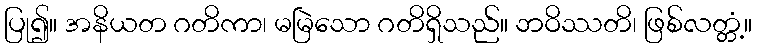
ပြု၍။ အနိယတ ဂတိကာ၊ မမြဲသော ဂတိရှိသည်။ ဘဝိဿတိ၊ ဖြစ်လတ္တံ့။